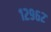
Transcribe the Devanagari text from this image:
१२९६२